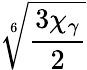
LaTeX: \sqrt[6]{\frac{3\chi_{\gamma}}{2}}